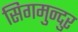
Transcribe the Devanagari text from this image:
सिगमुन्दुर